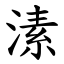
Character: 溸